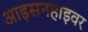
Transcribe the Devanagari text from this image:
आइसनहाइवर